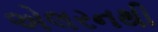
એલરનથી